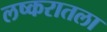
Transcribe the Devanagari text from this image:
लष्करातला